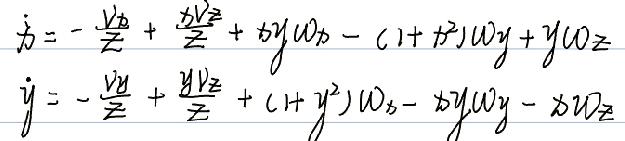
\begin{align*}
\dot{x}&=-\frac{v_{0}}{z}+\frac{x v_{z}}{z}+t y \omega_{x}-(1 + t^{2})\omega_{y}+y\omega_{z}\\
\dot{y}&=-\frac{v_{0}}{z}+\frac{y v_{z}}{z}+(1 + y^{2})\omega_{x}-t y\omega_{y}-x\omega_{z}
\end{align*}